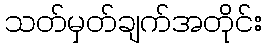
သတ်မှတ်ချက်အတိုင်း